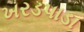
ખરડપાડા